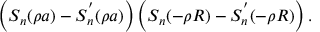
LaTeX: \left( S _ { n } ( \rho a ) - S _ { n } ^ { ' } ( \rho a ) \right) \left( S _ { n } ( - \rho R ) - S _ { n } ^ { ' } ( - \rho R ) \right) .